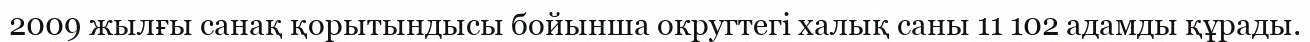
2009 жылғы санақ қорытындысы бойынша округтегі халық саны 11 102 адамды құрады.